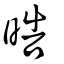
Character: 晧